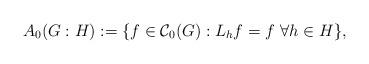
LaTeX: \begin{align*}A_0(G:H):=\{f\in\mathcal{C}_0(G):L_hf=f\ \forall h\in H\},\end{align*}